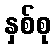
နှစ်စု